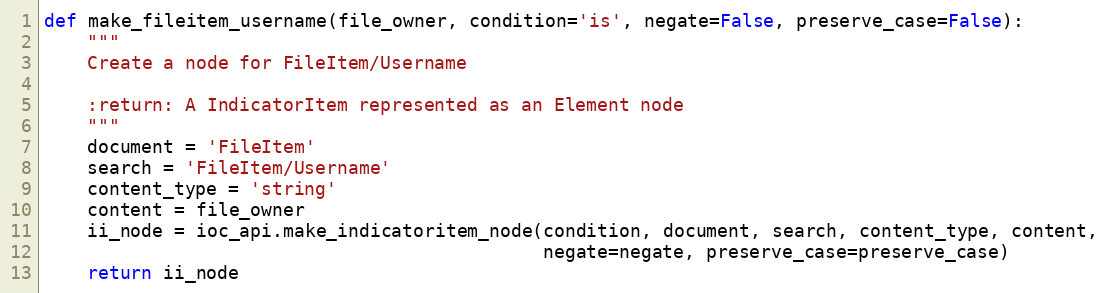
Language: Python
def make_fileitem_username(file_owner, condition='is', negate=False, preserve_case=False):
    """
    Create a node for FileItem/Username

    :return: A IndicatorItem represented as an Element node
    """
    document = 'FileItem'
    search = 'FileItem/Username'
    content_type = 'string'
    content = file_owner
    ii_node = ioc_api.make_indicatoritem_node(condition, document, search, content_type, content,
                                              negate=negate, preserve_case=preserve_case)
    return ii_node